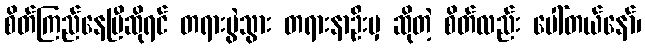
စိတ်ကြည်နေပြီဆိုရင် တရားပွဲသွား တရားနာဦးမှ ဆိုတဲ့ စိတ်လည်း ပေါ်တယ်နော်၊